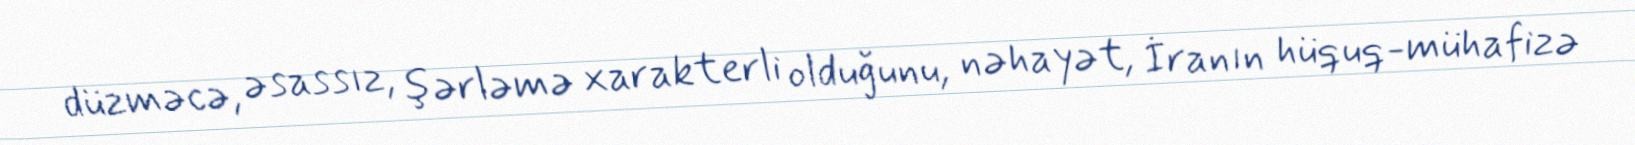
düzməcə, əsassız, şərləmə xarakterli olduğunu, nəhayət, İranın hüquq-mühafizə